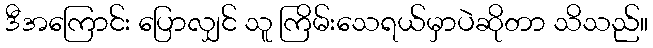
ဒီအကြောင်း ပြောလျှင် သူ ကြိမ်းသေရယ်မှာပဲဆိုတာ သိသည်။